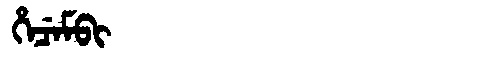
Manchu: ᡥᡝᠴᡝᠮᠪᡳ
Romanization: HECEMBI